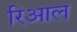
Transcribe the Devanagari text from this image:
रिआल